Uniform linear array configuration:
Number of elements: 8
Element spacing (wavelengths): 1
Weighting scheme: hann
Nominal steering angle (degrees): -30
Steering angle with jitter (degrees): -31.22
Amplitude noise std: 0.05
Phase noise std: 0.05

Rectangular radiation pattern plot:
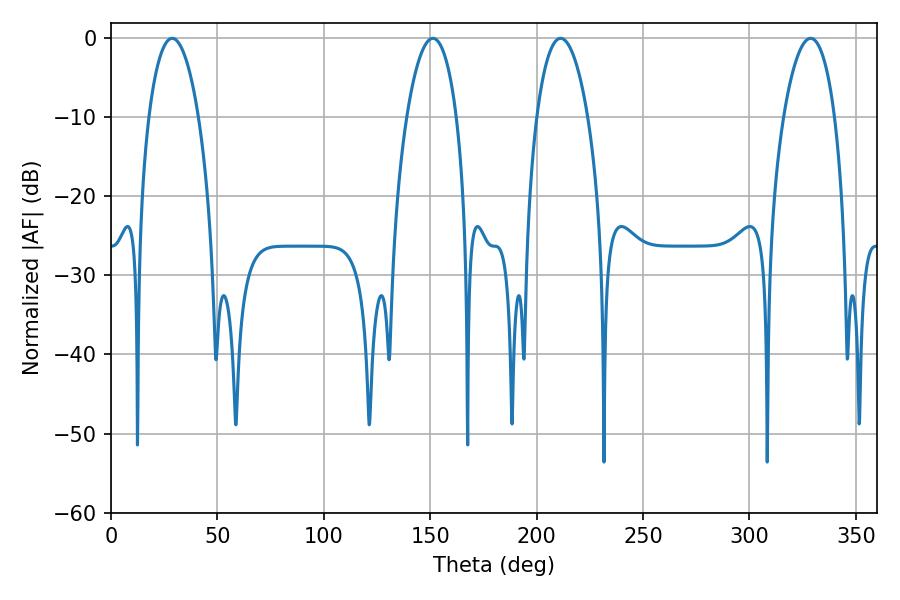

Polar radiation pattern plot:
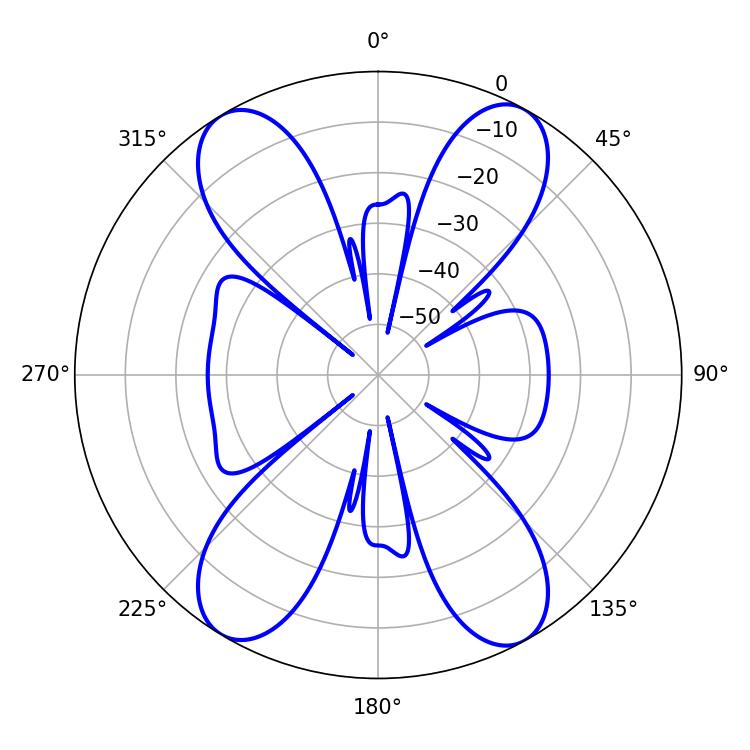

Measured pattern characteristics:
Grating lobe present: TRUE
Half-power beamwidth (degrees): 13.14
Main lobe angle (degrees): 28.8